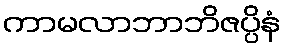
ကာမလာဘာဘိဇပ္ပိနံ